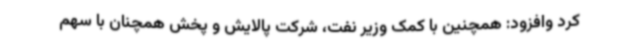
کرد وافزود: همچنین با کمک وزیر نفت، شرکت پالایش و پخش همچنان با سهم